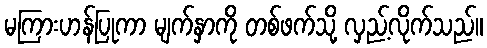
မကြားဟန်ပြုကာ မျက်နှာကို တစ်ဖက်သို့ လှည့်လိုက်သည်။